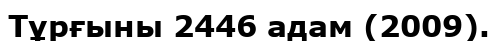
Тұрғыны 2446 адам (2009).